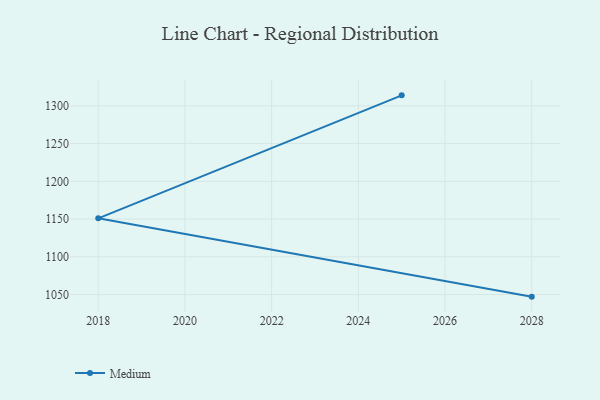
{"axis": {"x": "Year", "y": "Active Users"}, "legend": ["Medium"], "data": [{"x": "2028", "y": 1047.3, "type": "Medium"}, {"x": "2018", "y": 1151.0, "type": "Medium"}, {"x": "2025", "y": 1313.9, "type": "Medium"}]}